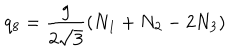
q _ { 8 } = { \frac { g } { 2 \sqrt { 3 } } } ( N _ { 1 } + N _ { 2 } - 2 N _ { 3 } )